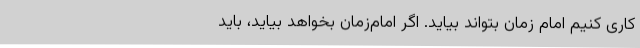
کاری کنیم امام ‌زمان بتواند بیاید. اگر امام‌زمان بخواهد بیاید، باید